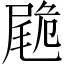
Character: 𡳀